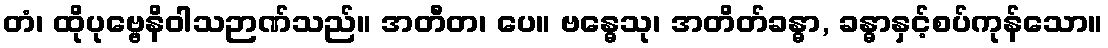
တံ၊ ထိုပုဗ္ဗေနိဝါသဉာဏ်သည်။ အတီတ၊ ပေ။ ဗန္ဓေသု၊ အတိတ်ခန္ဓာ, ခန္ဓာနှင့်စပ်ကုန်သော။